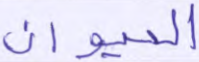
الحيوان